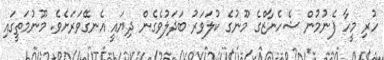
ހުރި މީހާ ފެނުމުން ޝެހެނާޒްގެ މޫނުގެ ކުލަވަރު ބަދަލުވެގެން ދިޔައީ އެނގޭވަރަށެވެ. މޫނުމަތީގައި